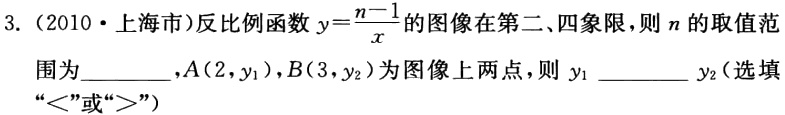
3.（2010·上海市）反比例函数$y = \frac{n - 1}{x}$的图像在第二、四象限，则$n$的取值范围为  ，$A(2,y_{1})$，$B(3,y_{2})$为图像上两点，则$y_{1}$  $y_{2}$（选填“$<$”或“$>$”）